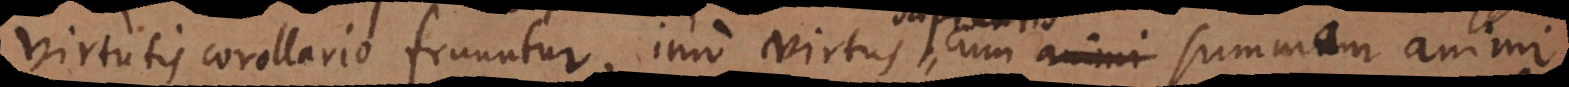
virtutis corollario fruuntur, imo virtus cum animi summum ani